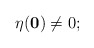
\begin{align*} \eta(\mathbf 0)\not=0; \end{align*}